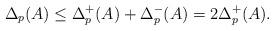
LaTeX: \begin{align*}\Delta_p(A)\leq \Delta_p^+(A)+\Delta_p^-(A)= 2 \Delta_p^+(A).\end{align*}